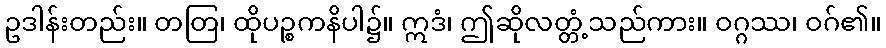
ဥဒါန်းတည်း။ တတြ၊ ထိုပဉ္စကနိပါ၌။ ဣဒံ၊ ဤဆိုလတ္တံ့သည်ကား။ ဝဂ္ဂဿ၊ ဝဂ်၏။